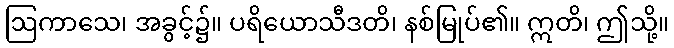
ဩကာသေ၊ အခွင့်၌။ ပရိယောသီဒတိ၊ နစ်မြုပ်၏။ ဣတိ၊ ဤသို့။